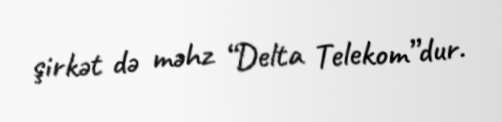
şirkət də məhz “Delta Telekom”dur.